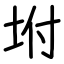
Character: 坿